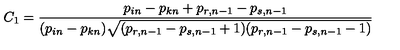
C _ { 1 } = \frac { p _ { i n } - p _ { k n } + p _ { r , n - 1 } - p _ { s , n - 1 } } { ( p _ { i n } - p _ { k n } ) \sqrt { ( p _ { r , n - 1 } - p _ { s , n - 1 } + 1 ) ( p _ { r , n - 1 } - p _ { s , n - 1 } - 1 ) } }